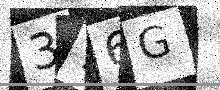
Text: 376G